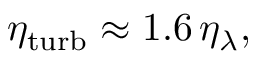
\eta _ { \mathrm { t u r b } } \approx 1 . 6 \, \eta _ { \lambda } ,